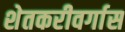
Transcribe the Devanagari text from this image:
शेतकरीवर्गास